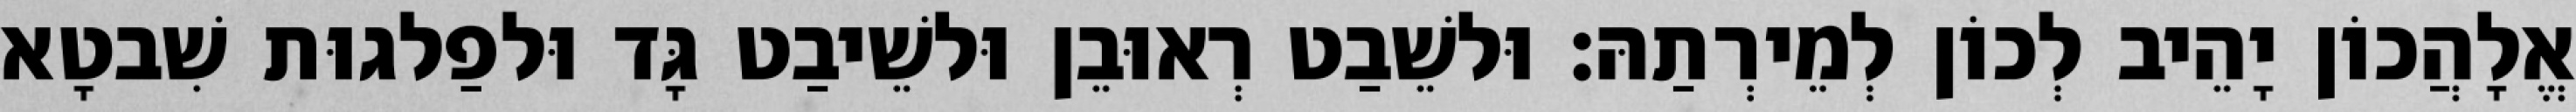
אֱלָהֲכוֹן יָהֵיב לְכוֹן לְמֵירְתַהּ׃ וּלשֵׁבַט רְאוּבֵן וּלשֵׁיבַט גָּד וּלפַלגוּת שִׁבטָא